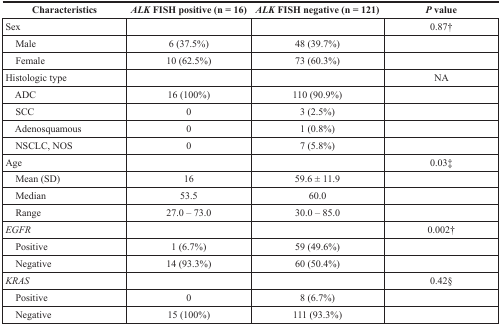
<table><thead><tr><td><b>Characteristics</b></td><td><b><i>ALK</i> FISH positive (n = 16)</b></td><td><b><i>ALK</i> FISH negative (n = 121)</b></td><td><b><i>P</i> value</b></td></tr></thead><tbody><tr><td>Sex</td><td></td><td></td><td>0.87†</td></tr><tr><td> Male</td><td>6 (37.5%)</td><td>48 (39.7%)</td><td></td></tr><tr><td> Female</td><td>10 (62.5%)</td><td>73 (60.3%)</td><td></td></tr><tr><td>Histologic type</td><td></td><td></td><td>NA</td></tr><tr><td> ADC</td><td>16 (100%)</td><td>110 (90.9%)</td><td></td></tr><tr><td> SCC</td><td>0</td><td>3 (2.5%)</td><td></td></tr><tr><td> Adenosquamous</td><td>0</td><td>1 (0.8%)</td><td></td></tr><tr><td> NSCLC, NOS</td><td>0</td><td>7 (5.8%)</td><td></td></tr><tr><td>Age</td><td></td><td></td><td>0.03‡</td></tr><tr><td> Mean (SD)</td><td>16</td><td>59.6 ± 11.9</td><td></td></tr><tr><td> Median</td><td>53.5</td><td>60.0</td><td></td></tr><tr><td> Range</td><td>27.0 – 73.0</td><td>30.0 – 85.0</td><td></td></tr><tr><td><i>EGFR</i></td><td></td><td></td><td>0.002†</td></tr><tr><td> Positive</td><td>1 (6.7%)</td><td>59 (49.6%)</td><td></td></tr><tr><td> Negative</td><td>14 (93.3%)</td><td>60 (50.4%)</td><td></td></tr><tr><td><i>KRAS</i></td><td></td><td></td><td>0.42§</td></tr><tr><td> Positive</td><td>0</td><td>8 (6.7%)</td><td></td></tr><tr><td> Negative</td><td>15 (100%)</td><td>111 (93.3%)</td><td></td></tr></tbody></table>